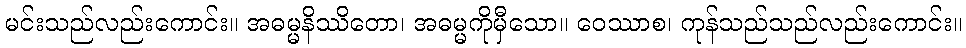
မင်းသည်လည်းကောင်း။ အဓမ္မနိဿိတော၊ အဓမ္မကိုမှီသော။ ဝေဿာစ၊ ကုန်သည်သည်လည်းကောင်း။